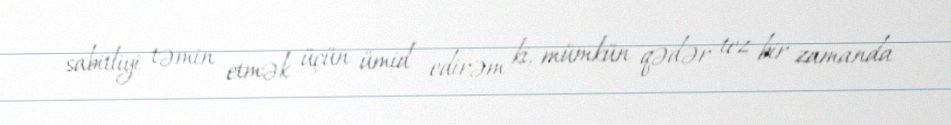
sabitliyi təmin etmək üçün ümid edirəm ki, mümkün qədər tez bir zamanda